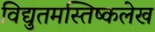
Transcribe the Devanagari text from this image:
विद्युतमस्तिष्कलेख